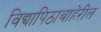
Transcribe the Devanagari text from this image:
विद्यापिठाबाहेरील